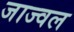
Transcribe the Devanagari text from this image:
जाज्वल